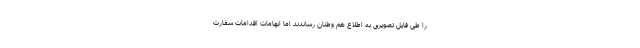
را طی فایل تصویری به اطلاع هم وطنان رساندند اما ابهامات اقدامات سفارت